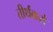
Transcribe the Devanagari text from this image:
तीर्थंकरो